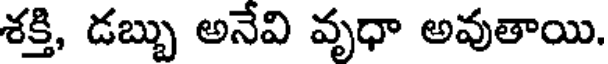
శక్తి, డబ్బు అనేవి వృధా అవుతాయి.